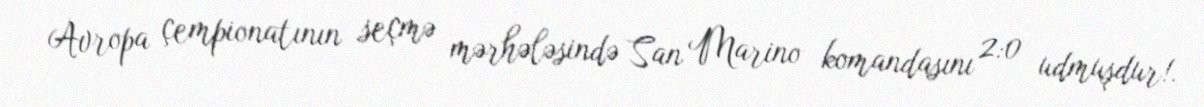
Avropa çempionatının seçmə mərhələsində San Marino komandasını 2:0 udmuşdur!.